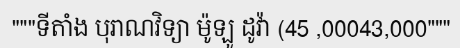
"""ទីតាំង បុរាណវិទ្យា ម៉ូឡូ ដូវ៉ា (45 ,00043,000"""